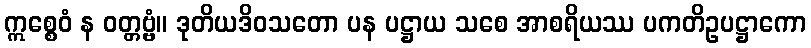
ဣစ္စေဝံ န ဝတ္တဗ္ဗံ။ ဒုတိယဒိဝသတော ပန ပဋ္ဌာယ သစေ အာစရိယဿ ပကတိဥပဋ္ဌာကော